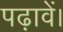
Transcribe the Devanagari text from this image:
पढ़ावें।